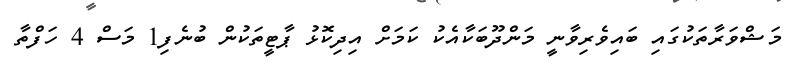
މަޝްވަރާތަކުގައި ބައިވެރިވާނީ މަންދޫބަކާއެކު ކަމަށް އިދިކޮޅު ޕާޓީތަކުން ބުނެފި1 މަސް 4 ހަފްތާ